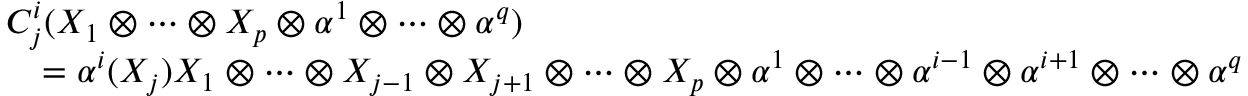
\begin{array} { r l } & { C _ { j } ^ { i } ( X _ { 1 } \otimes \cdots \otimes X _ { p } \otimes \alpha ^ { 1 } \otimes \cdots \otimes \alpha ^ { q } ) } \\ & { \quad = \alpha ^ { i } ( X _ { j } ) X _ { 1 } \otimes \cdots \otimes X _ { j - 1 } \otimes X _ { j + 1 } \otimes \cdots \otimes X _ { p } \otimes \alpha ^ { 1 } \otimes \cdots \otimes \alpha ^ { i - 1 } \otimes \alpha ^ { i + 1 } \otimes \cdots \otimes \alpha ^ { q } } \end{array}